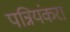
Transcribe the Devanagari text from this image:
पन्नियंकरा